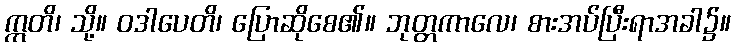
ဣတိ၊ သို့။ ဝဒါပေတိ၊ ပြောဆိုစေ၏။ ဘုတ္တကာလေ၊ စားအပ်ပြီးရာအခါ၌။